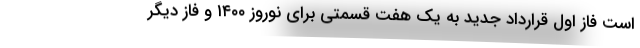
است فاز اول قرارداد جدید به یک هفت قسمتی برای نوروز ۱۴۰۰ و فاز دیگر